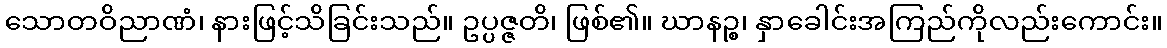
သောတဝိညာဏံ၊ နားဖြင့်သိခြင်းသည်။ ဥပ္ပဇ္ဇတိ၊ ဖြစ်၏။ ဃာနဉ္စ၊ နှာခေါင်းအကြည်ကိုလည်းကောင်း။